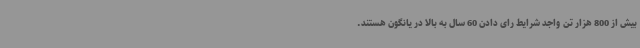
بیش از 800 هزار تن واجد شرایط رای دادن 60 سال به بالا در یانگون هستند.